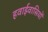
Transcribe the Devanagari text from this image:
हवाईवासियों